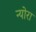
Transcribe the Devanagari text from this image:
न्योरा